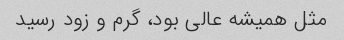
مثل همیشه عالی بود، گرم و‌ زود رسید